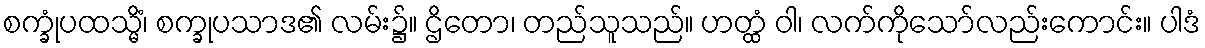
စက္ခုံပထသ္မိံ၊ စက္ခုပသာဒ၏ လမ်း၌။ ဌိတော၊ တည်သူသည်။ ဟတ္ထံ ဝါ၊ လက်ကိုသော်လည်းကောင်း။ ပါဒံ